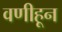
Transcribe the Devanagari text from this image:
वणीहून